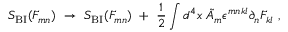
S _ { \mathrm { B I } } ( F _ { m n } ) \ \rightarrow \ S _ { \mathrm { B I } } ( F _ { m n } ) \ + \ { \frac { 1 } { 2 } } \int d ^ { 4 } x \ \tilde { A } _ { m } \epsilon ^ { m n k l } \partial _ { n } F _ { k l } \ ,